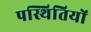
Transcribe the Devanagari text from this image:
पस्थितियों